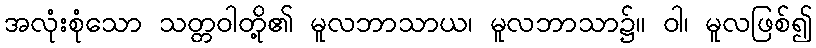
အလုံးစုံသော သတ္တဝါတို့၏ မူလဘာသာယ၊ မူလဘာသာ၌။ ဝါ၊ မူလဖြစ်၍